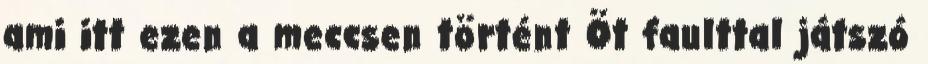
ami itt ezen a meccsen történt Öt faulttal játszó